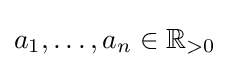
a_{1},\ldots ,a_{n}\in \mathbb {R} _{>0}